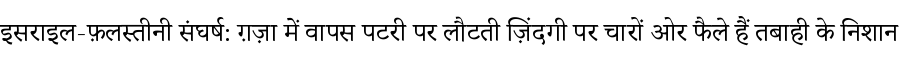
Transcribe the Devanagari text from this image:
इसराइल-फ़लस्तीनी संघर्ष: ग़ज़ा में वापस पटरी पर लौटती ज़िंदगी पर चारों ओर फैले हैं तबाही के निशान